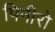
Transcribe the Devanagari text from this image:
पिनीरो